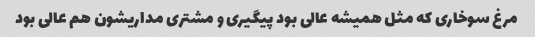
مرغ سوخارى که مثل همیشه عالى بود پیگیرى و مشترى مداریشون هم عالى بود